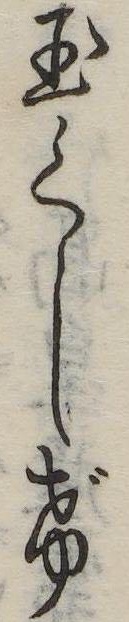
玉くしげ